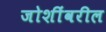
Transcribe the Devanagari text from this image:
जोशींवरील